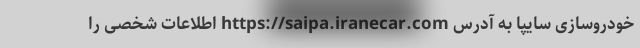
خودروسازی سایپا به آدرس https://saipa.iranecar.com اطلاعات شخصی را